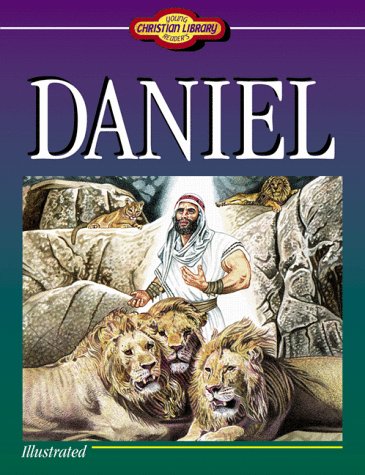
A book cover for Daniel (Young Reader's Christian Library); Ellen W. Caughey; Teen & Young Adult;